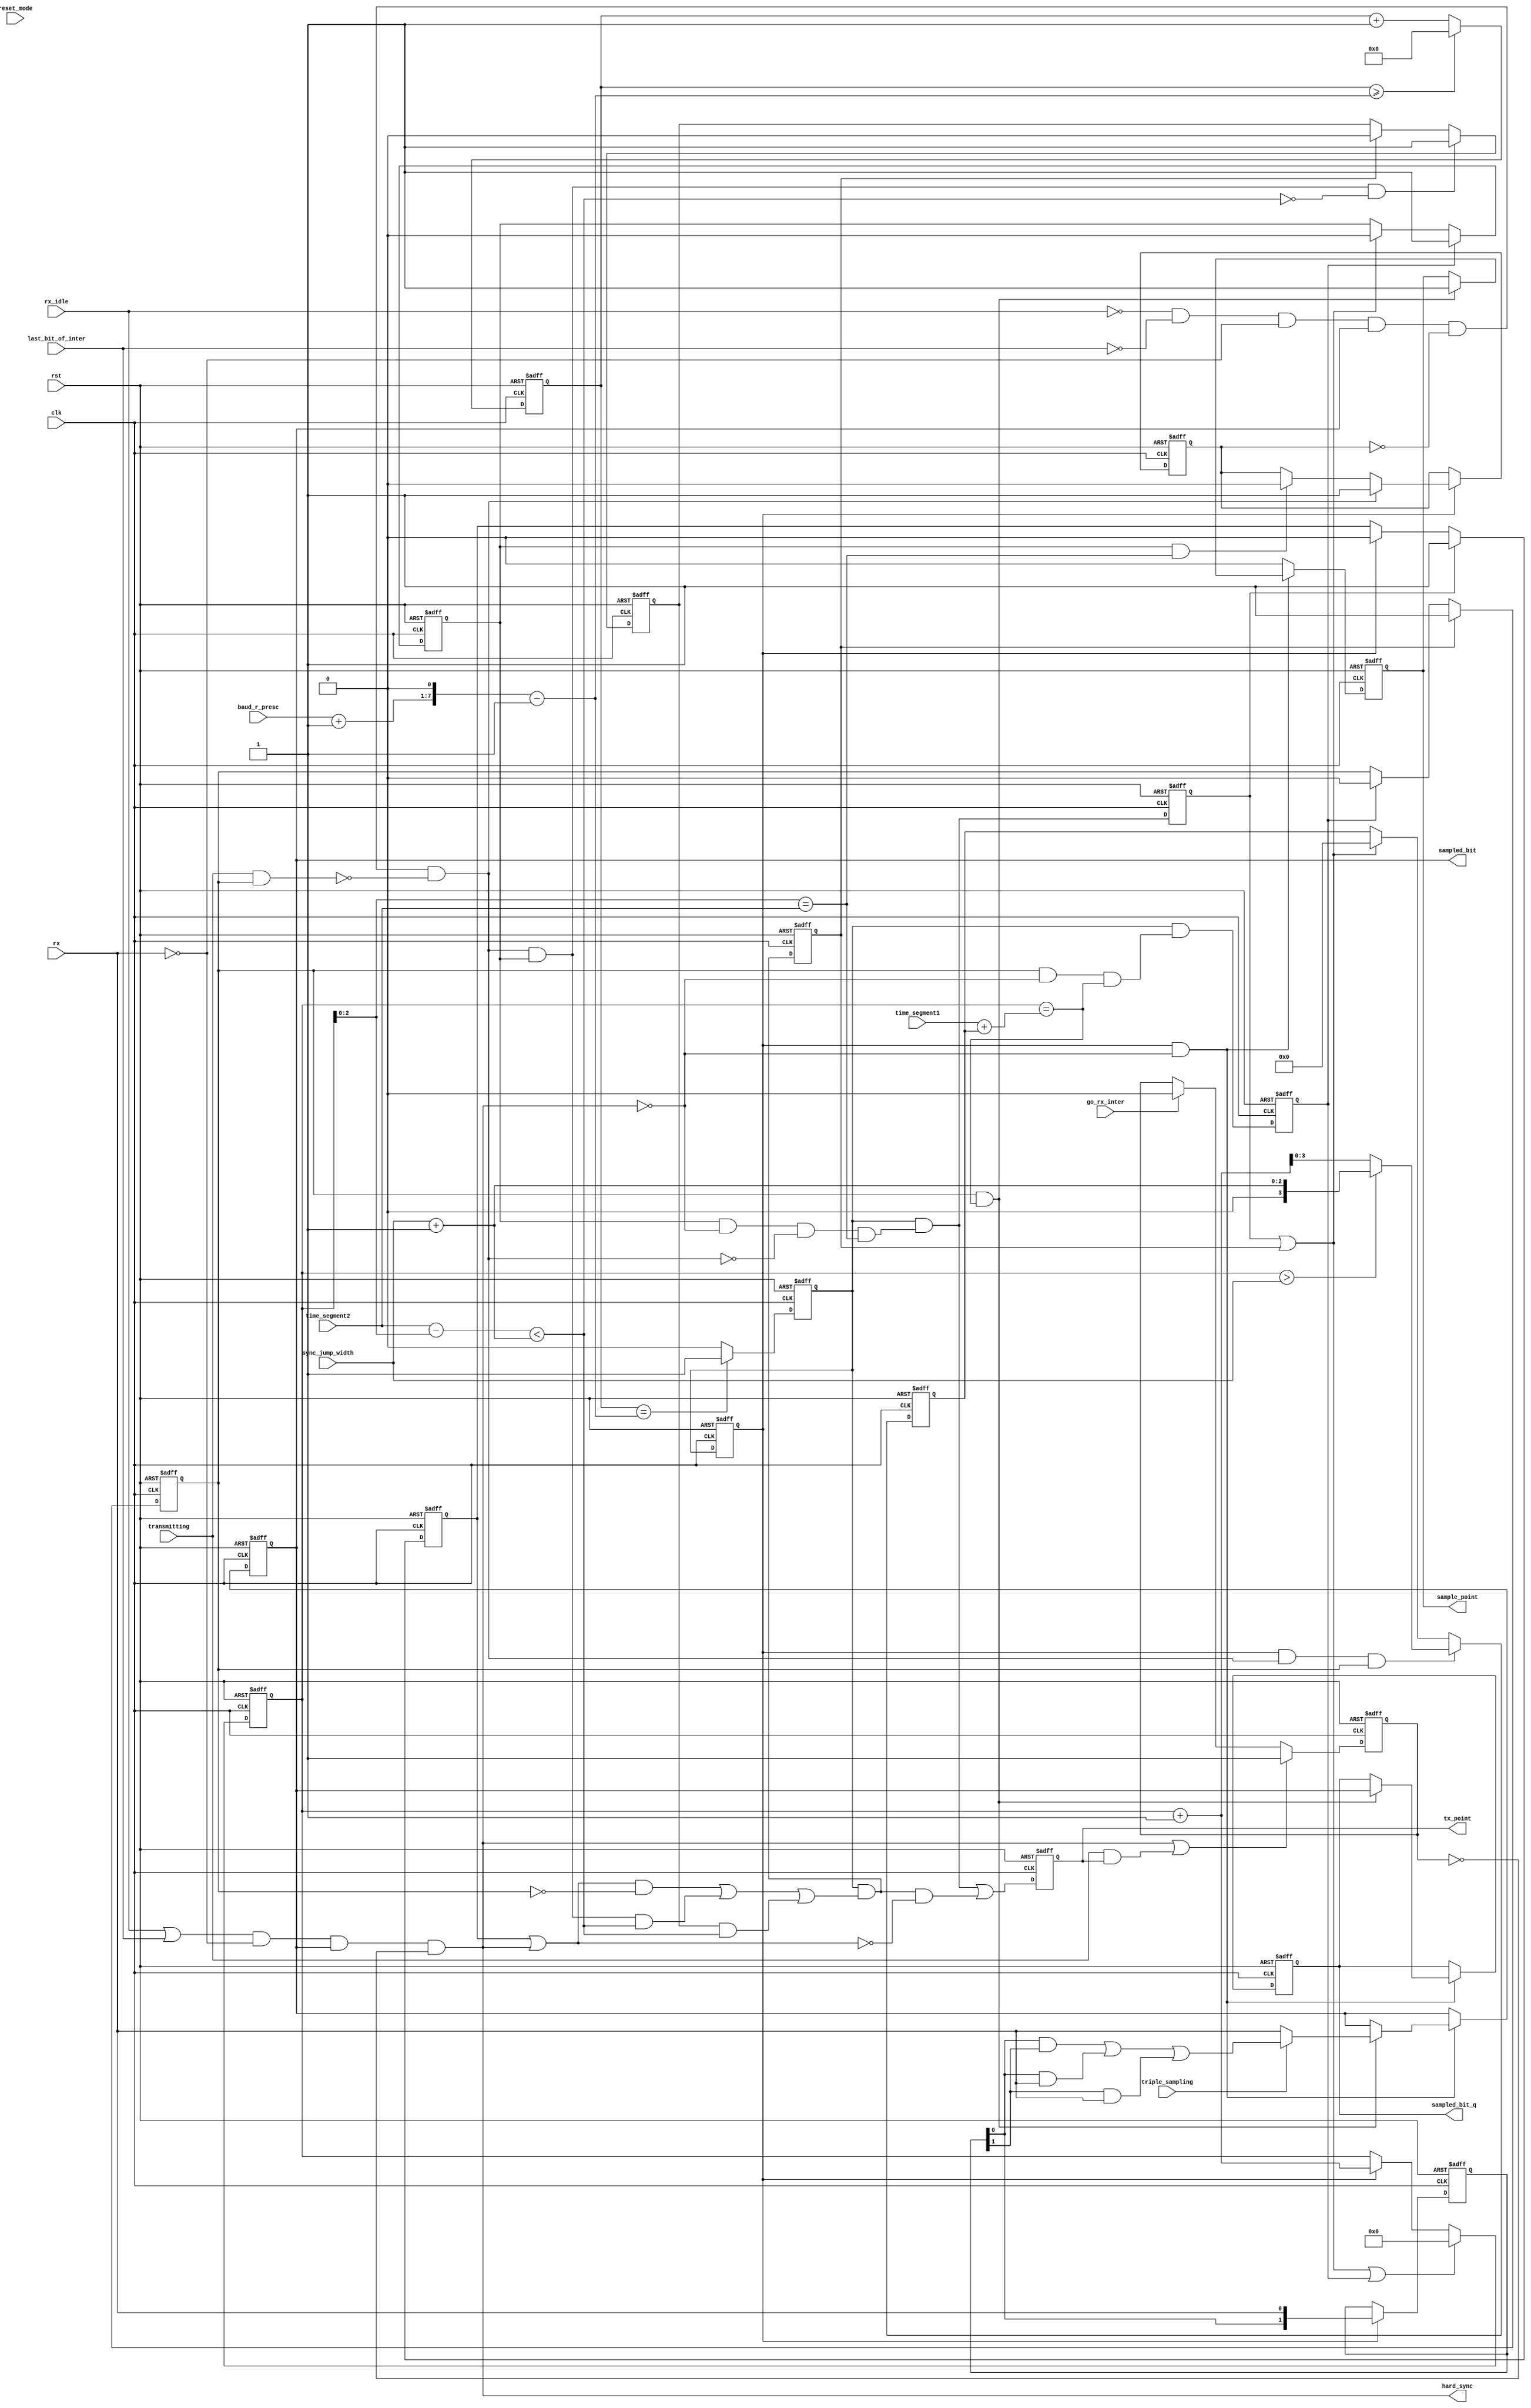
module can_btl
( 
  clk,
  rst,
  rx,

  /* Mode register */
  reset_mode,

  /* Bus Timing 0 register */
  baud_r_presc,
  sync_jump_width,

  /* Bus Timing 1 register */
  time_segment1,
  time_segment2,
  triple_sampling,

  /* Output signals from this module */
  sample_point,
  sampled_bit,
  sampled_bit_q,
  tx_point,
  hard_sync,
  
  /* Output from can_bsp module */
  rx_idle,
  last_bit_of_inter,
  transmitting,
  go_rx_inter  

);

parameter Tp = 1;

input         clk;
input         rst;
input         rx;

  /* Mode register */
input         reset_mode;

/* Bus Timing 0 register */
input   [5:0] baud_r_presc;
input   [1:0] sync_jump_width;

/* Bus Timing 1 register */
input   [3:0] time_segment1;
input   [2:0] time_segment2;
input         triple_sampling;

/* Output from can_bsp module */
input         rx_idle;
input         last_bit_of_inter;
input         transmitting;
input         go_rx_inter;

/* Output signals from this module */
output        sample_point;
output        sampled_bit;
output        sampled_bit_q;
output        tx_point;
output        hard_sync;



reg     [6:0] clk_cnt;
reg           clk_en;
reg           clk_en_q;
reg           sync_blocked;
reg           hard_sync_blocked;
reg           sampled_bit;
reg           sampled_bit_q;
reg     [4:0] quant_cnt;
reg     [3:0] delay;
reg           sync;
reg           seg1;
reg           seg2;
reg           resync_latched;
reg           sample_point;
reg     [1:0] sample;
reg           go_sync;
reg           go_seg1;
reg           go_seg2;
reg           tx_point;

wire          go_sync_unregistered;
wire          go_seg1_unregistered;
wire          go_seg2_unregistered;
wire [8:0]    preset_cnt;
wire          sync_window;
wire          resync;
wire          quant_cnt_rst;



assign preset_cnt = (baud_r_presc + 1'b1)<<1;        // (BRP+1)*2
assign hard_sync  =   (rx_idle | last_bit_of_inter)    & (~rx) & sampled_bit & (~hard_sync_blocked);  // Hard synchronization
assign resync     =  (~rx_idle) & (~last_bit_of_inter) & (~rx) & sampled_bit & (~sync_blocked) & (~(transmitting & seg1));       // Re-synchronization


/* Generating general enable signal that defines baud rate. */
always @ (posedge clk or posedge rst)
begin
  if (rst)
    clk_cnt <= 0;
  else if (clk_cnt >= (preset_cnt-1'b1))
    clk_cnt <=#Tp 0;
  else
    clk_cnt <=#Tp clk_cnt + 1'b1;
end


always @ (posedge clk or posedge rst)
begin
  if (rst)
    clk_en  <= 1'b0;
  else if (clk_cnt == (preset_cnt-1'b1))
    clk_en  <=#Tp 1'b1;
  else
    clk_en  <=#Tp 1'b0;
end



always @ (posedge clk or posedge rst)
begin
  if (rst)
    clk_en_q  <= 1'b0;
  else
    clk_en_q  <=#Tp clk_en;
end



/* Changing states */
 assign go_sync_unregistered = clk_en & (seg2 & (~hard_sync) & (~resync) & ((quant_cnt[2:0] == time_segment2)));
 assign go_seg1_unregistered = clk_en & (((sync | hard_sync) & (~seg1)) | (resync & seg2 & sync_window) | (resync_latched & sync_window));
 assign go_seg2_unregistered = clk_en & (seg1 & (~hard_sync) & (quant_cnt == (time_segment1 + delay)));


always @ (posedge clk or posedge rst)
begin
  if (rst)
    go_sync <= 1'b0;
  else
    go_sync <=#Tp go_sync_unregistered;
end


always @ (posedge clk or posedge rst)
begin
  if (rst)
    go_seg1 <= 1'b0;
  else
    go_seg1 <=#Tp go_seg1_unregistered;
end


always @ (posedge clk or posedge rst)
begin
  if (rst)
    go_seg2 <= 1'b0;
  else
    go_seg2 <=#Tp go_seg2_unregistered;
end


always @ (posedge clk or posedge rst)
begin
  if (rst)
    tx_point <= 1'b0;
  else
    tx_point <=#Tp go_sync_unregistered | (go_seg1_unregistered & (~(sync | hard_sync)));
end


/* When early edge is detected outside of the SJW field, synchronization request is latched and performed when
   SJW is reached */
always @ (posedge clk or posedge rst)
begin
  if (rst)
    resync_latched <= 1'b0;
  else if (resync & seg2 & (~sync_window))
    resync_latched <=#Tp 1'b1;
  else if (go_seg1)
    resync_latched <= 1'b0;
end



/* Synchronization stage/segment */
always @ (posedge clk or posedge rst)
begin
  if (rst)
    sync <= 0;
  else if (go_sync)
    sync <=#Tp 1'b1;
  else if (clk_en_q)
    sync <=#Tp 1'b0;
end


/* Seg1 stage/segment (together with propagation segment which is 1 quant long) */
always @ (posedge clk or posedge rst)
begin
  if (rst)
    seg1 <= 1;
  else if (go_seg1)
    seg1 <=#Tp 1'b1;
  else if (go_seg2)
    seg1 <=#Tp 1'b0;
end


/* Seg2 stage/segment */
always @ (posedge clk or posedge rst)
begin
  if (rst)
    seg2 <= 0;
  else if (go_seg2)
    seg2 <=#Tp 1'b1;
  else if (go_sync | go_seg1)
    seg2 <=#Tp 1'b0;
end


/* Quant counter */
assign quant_cnt_rst = go_sync | go_seg1 | go_seg2;

always @ (posedge clk or posedge rst)
begin
  if (rst)
    quant_cnt <= 0;
  else if (quant_cnt_rst)
    quant_cnt <=#Tp 0;
  else if (clk_en_q)
    quant_cnt <=#Tp quant_cnt + 1'b1;
end


/* When late edge is detected (in seg1 stage), stage seg1 is prolonged. */
always @ (posedge clk or posedge rst)
begin
  if (rst)
    delay <= 0;
  else if (clk_en_q & resync & seg1)
    delay <=#Tp (quant_cnt > {3'h0, sync_jump_width})? (sync_jump_width + 1'b1) : (quant_cnt + 1'b1);
  else if (go_sync | go_seg1)
    delay <=#Tp 0;
end


// If early edge appears within this window (in seg2 stage), phase error is fully compensated
assign sync_window = ((time_segment2 - quant_cnt[2:0]) < ( sync_jump_width + 1'b1));


// Sampling data (memorizing two samples all the time).
always @ (posedge clk or posedge rst)
begin
  if (rst)
    sample <= 2'b11;
  else if (clk_en_q)
    sample <= {sample[0], rx};
end


// When enabled, tripple sampling is done here.
always @ (posedge clk or posedge rst)
begin
  if (rst)
    begin
      sampled_bit <= 1;
      sampled_bit_q <= 1;
      sample_point <= 0;
    end
  else if (clk_en_q & (~hard_sync))
    begin
      if (seg1 & (quant_cnt == (time_segment1 + delay)))
        begin
          sample_point <=#Tp 1;
          sampled_bit_q <=#Tp sampled_bit;
          if (triple_sampling)
            sampled_bit <=#Tp (sample[0] & sample[1]) | ( sample[0] & rx) | (sample[1] & rx);
          else
            sampled_bit <=#Tp rx;
        end
    end
  else
    sample_point <=#Tp 0;
end



/* Blocking synchronization (can occur only once in a bit time) */

always @ (posedge clk or posedge rst)
begin
  if (rst)
    sync_blocked <=#Tp 1'b0;
  else if (clk_en_q)
    begin
      if (resync)
        sync_blocked <=#Tp 1'b1;
      else if (seg2 & (quant_cnt[2:0] == time_segment2))
        sync_blocked <=#Tp 1'b0;
    end
end


/* Blocking hard synchronization when occurs once or when we are transmitting a msg */
always @ (posedge clk or posedge rst)
begin
  if (rst)
    hard_sync_blocked <=#Tp 1'b0;
  else if (hard_sync | transmitting & tx_point)
    hard_sync_blocked <=#Tp 1'b1;
  else if (go_rx_inter)
    hard_sync_blocked <=#Tp 1'b0;
end





endmodule